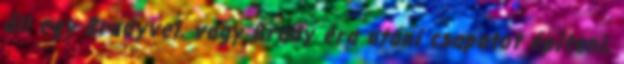
áll egy Bradyvel, vagy Brady éra utáni csapatot építeni,